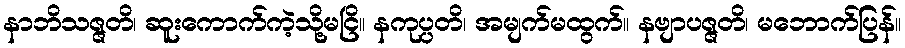
နာဘိသဇ္ဇတိ၊ ဆူးကောက်ကဲ့သို့မငြိ။ နကုပ္ပတိ၊ အမျက်မထွက်။ နဗျာပဇ္ဇတိ၊ မဘောက်ပြန်။